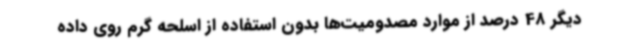
دیگر 48 درصد از موارد مصدومیت‌ها بدون استفاده از اسلحه گرم روی داده